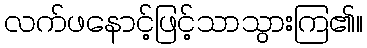
လက်ဖနောင့်ဖြင့်သာသွားကြ၏။